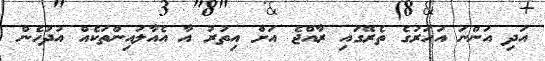
އަދި އަންނަ އަހަރުގެ ތެރޭގައި ރާއްޖެ އަށް އިތުރު އާ އެއާލައިންތަކެއް އުދުހެން